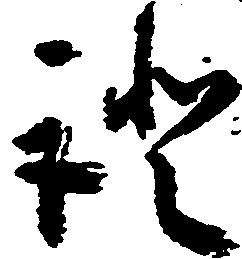
証